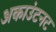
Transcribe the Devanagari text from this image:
अकाउंटनट